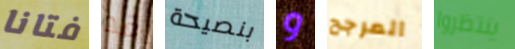
فتانا قد بنصيحة و المرجح ينتظروا